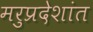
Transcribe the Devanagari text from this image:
मरुप्रदेशांत